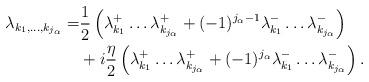
LaTeX: \begin{align*}\begin{aligned}\lambda_{k_1,\dots,k_{j_\alpha}}=&\frac{1}{2}\left(\lambda^+_{k_1} \dots \lambda^+_{k_{j_\alpha}}+(-1)^{j_\alpha-1}\lambda^-_{k_1} \dots \lambda^-_{k_{j_\alpha}}\right)\\&+i\frac{\eta}{2}\left(\lambda^+_{k_1} \dots \lambda^+_{k_{j_\alpha}}+(-1)^{j_\alpha}\lambda^-_{k_1} \dots \lambda^-_{k_{j_\alpha}}\right).\end{aligned}\end{align*}